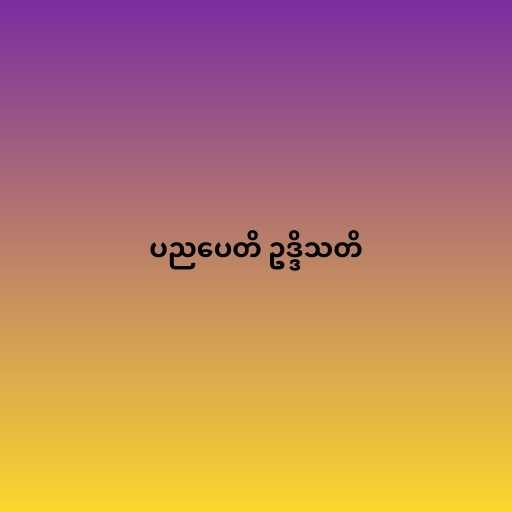
ပညပေတိ ဥဒ္ဒိသတိ